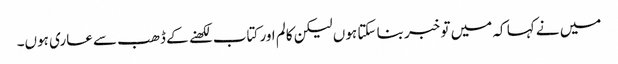
میں نے کہا کہ میں تو خبر بنا سکتا ہوں لیکن کالم اور کتاب لکھنے کے ڈھب سے عاری ہوں۔